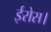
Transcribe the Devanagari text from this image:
ईरोस।